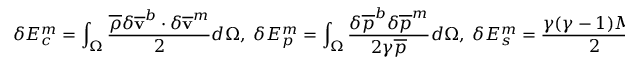
\delta E _ { c } ^ { m } = \int _ { \Omega } \frac { \overline { { \rho } } \delta { \mathbf { \overline { { v } } } } ^ { b } \cdot \delta { \mathbf { \overline { { v } } } } ^ { m } } { 2 } d \Omega , \; \delta E _ { p } ^ { m } = \int _ { \Omega } \frac { \delta \overline { { p } } ^ { b } \delta \overline { { p } } ^ { m } } { 2 \gamma \overline { { p } } } d \Omega , \; \delta E _ { s } ^ { m } = \frac { \gamma ( \gamma - 1 ) M ^ { 4 } } { 2 } \int _ { \Omega } \overline { { p } } \delta { { \overline { { s } } } } ^ { b } \delta { { \overline { { s } } } } ^ { m } d \Omega .